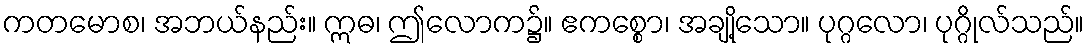
ကတမောစ၊ အဘယ်နည်း။ ဣဓ၊ ဤလောက၌။ ဧကစ္စော၊ အချို့သော။ ပုဂ္ဂလော၊ ပုဂ္ဂိုလ်သည်။